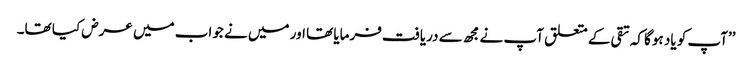
’’آپ کو یاد ہوگا کہ تقی کے متعلق آپ نے مجھ سے دریافت فرمایا تھا اور میں نے جواب میں عرض کیا تھا۔